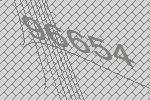
96654